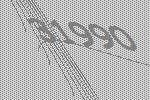
31990